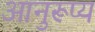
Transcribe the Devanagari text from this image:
आनुरूप्य